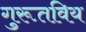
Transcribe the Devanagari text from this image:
गुरूतविय